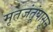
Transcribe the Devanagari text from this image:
मृतजंतूंपासून